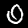
Label: 0